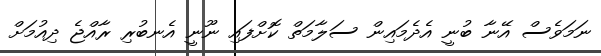
ނަމަވެސް އޭނާ ބުނީ އެދެމައިން ސަލާމަތް ކޮށްފައި ނޫނީ އެނބުރި ރާއްޖެ ދިއުމަށް